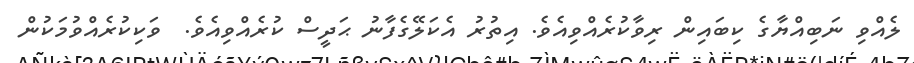
ލެއްވި ނަބިއްޔާގެ ކިބައިން ރިވާކުރެއްވިއެވެ. އިތުރު އެކަލޭގެފާނު ޙަދީސް ކުރެއްވިއެވެ.  ވަކިކުރެއްވުމަކުން